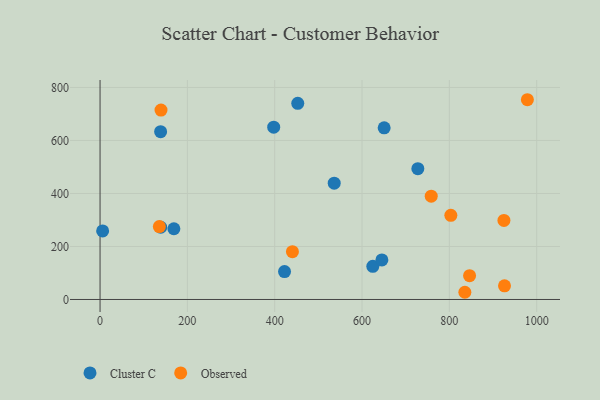
{"axis": {"x": "Price", "y": "Profit"}, "legend": ["Cluster C", "Observed"], "data": [{"x": "139.0", "y": 272.6, "type": "Cluster C"}, {"x": "624.7", "y": 125.2, "type": "Cluster C"}, {"x": "169.1", "y": 266.9, "type": "Cluster C"}, {"x": "138.7", "y": 633.1, "type": "Cluster C"}, {"x": "645.5", "y": 149.1, "type": "Cluster C"}, {"x": "650.7", "y": 647.8, "type": "Cluster C"}, {"x": "536.3", "y": 438.8, "type": "Cluster C"}, {"x": "5.9", "y": 258.7, "type": "Cluster C"}, {"x": "727.8", "y": 493.5, "type": "Cluster C"}, {"x": "397.7", "y": 650.1, "type": "Cluster C"}, {"x": "422.5", "y": 105.4, "type": "Cluster C"}, {"x": "452.8", "y": 740.0, "type": "Cluster C"}, {"x": "139.6", "y": 714.5, "type": "Observed"}, {"x": "135.8", "y": 275.0, "type": "Observed"}, {"x": "835.5", "y": 27.2, "type": "Observed"}, {"x": "925.0", "y": 298.4, "type": "Observed"}, {"x": "758.5", "y": 389.8, "type": "Observed"}, {"x": "440.6", "y": 180.4, "type": "Observed"}, {"x": "926.3", "y": 51.4, "type": "Observed"}, {"x": "978.7", "y": 753.7, "type": "Observed"}, {"x": "846.3", "y": 90.0, "type": "Observed"}, {"x": "803.4", "y": 317.5, "type": "Observed"}]}